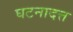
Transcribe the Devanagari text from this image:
घटनादत्त